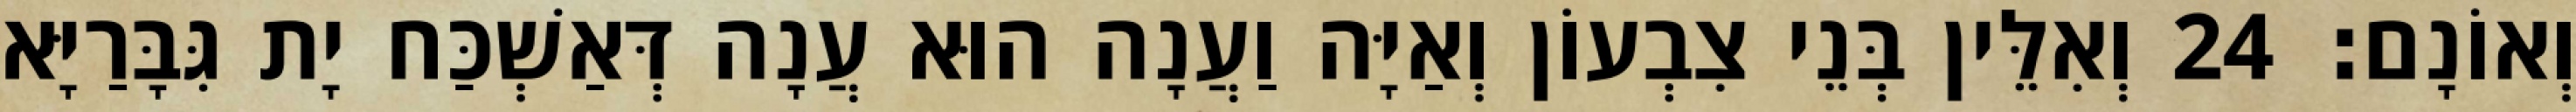
וְאוֹנָם׃ 24 וְאִלֵּין בְּנֵי צִבְעוֹן וְאַיָּה וַעֲנָה הוּא עֲנָה דְּאַשְׁכַּח יָת גִּבָּרַיָּא